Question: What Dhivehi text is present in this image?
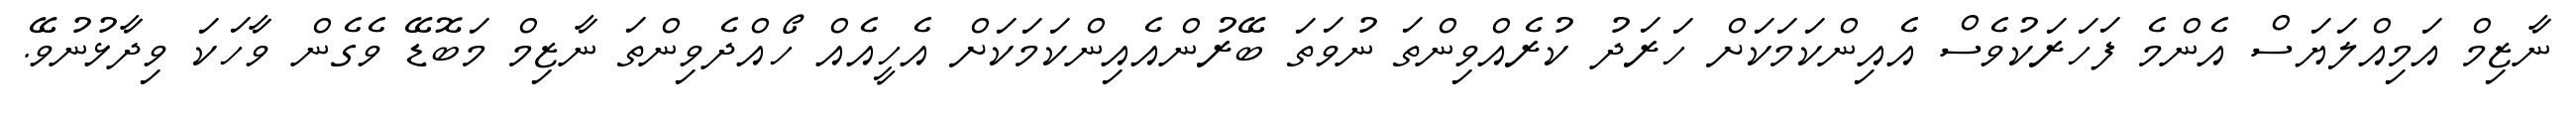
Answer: ނާޒިމް އަމިއްލަޔަސް އެންމެ ފަހަރަކުވެސް އެއިންކަމަކަށް ހަރަދު ކުރެއްވިންތަ ނުވަތަ ބޭރުންއެއިންކަމަކަށް އެހީއެއް ހޯއްދެވިންތަ ނާޒިމް މަބޮޑޭ ވެގެން ވާހަކަ ވިދާޅުނުވޭ.